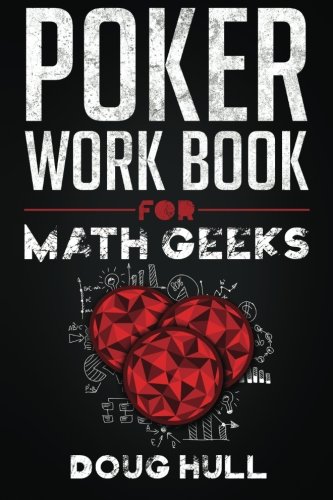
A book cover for Poker Workbook for Math Geeks; Doug Hull; Humor & Entertainment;